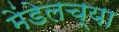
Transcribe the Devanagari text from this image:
मेंडेलच्या